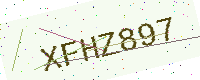
Text: XFHZ897